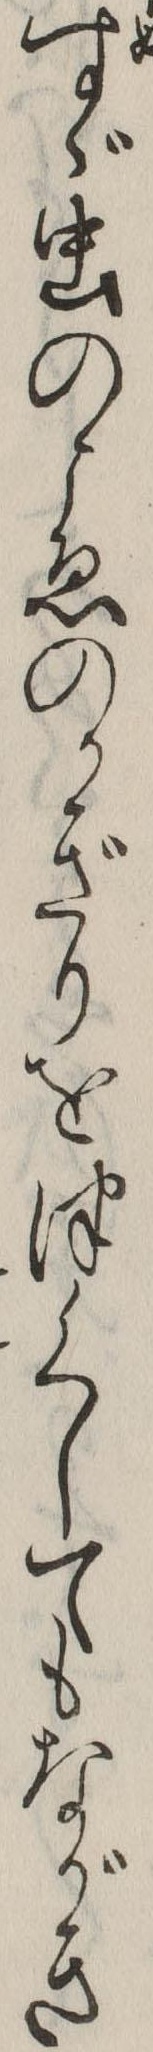
すゞ虫のこゑのかぎりをつくしてもながき